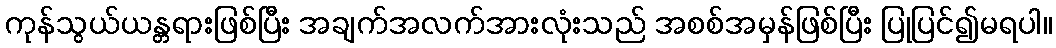
ကုန်သွယ်ယန္တရားဖြစ်ပြီး အချက်အလက်အားလုံးသည် အစစ်အမှန်ဖြစ်ပြီး ပြုပြင်၍မရပါ။